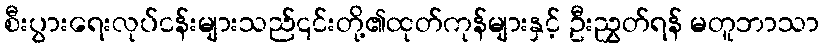
စီးပွားရေးလုပ်ငန်းများသည်၎င်းတို့၏ထုတ်ကုန်များနှင့် ဦးညွှတ်ရန် မတူဘာသာ